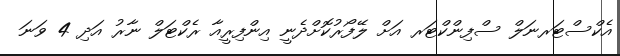
އެކްސްޓަރނަލް ސްފިންކްޓަރ އަށް ލޭފޯރުކޮށްދެނީ އިންފިރީއާ ރެކްޓަލް ނާރު އަދި 4 ވަނަ